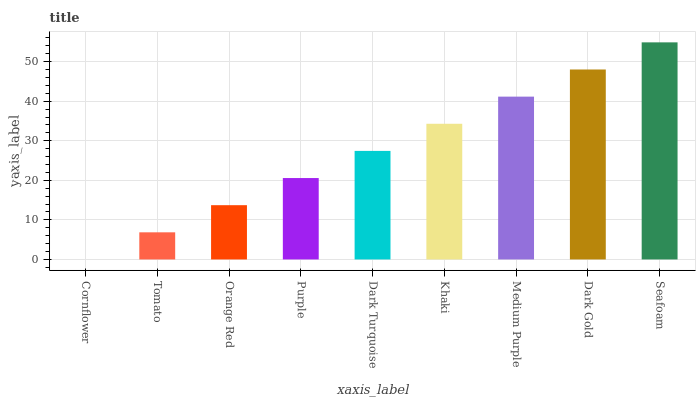
| xaxis_label | bars |
 | --- | --- |
 | Cornflower | 0 |
 | Tomato | 6.86 |
 | Orange Red | 13.7 |
 | Purple | 20.6 |
 | Dark Turquoise | 27.4 |
 | Khaki | 34.3 |
 | Medium Purple | 41.2 |
 | Dark Gold | 48 |
 | Seafoam | 54.9 |